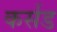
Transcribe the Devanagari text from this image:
कर्सड